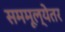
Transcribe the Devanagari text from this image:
सममूल्येतर